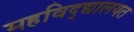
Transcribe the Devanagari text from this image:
महविद्द्यालयत